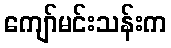
ကျော်မင်းသန်းက